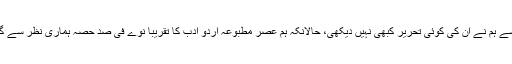
بدقسمتی سے ہم نے ان کی کوئی تحریر کبھی نہیں دیکھی، حالانکہ ہم عصر مطبوعہ اردو ادب کا تقریباً نوے فی صد حصہ ہماری نظر سے گزرتا ہے۔